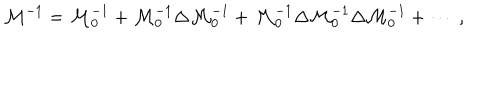
LaTeX: { \cal M } ^ { - 1 } = { \cal M } _ { 0 } ^ { - 1 } + { \cal M } _ { 0 } ^ { - 1 } \Delta { \cal M } _ { 0 } ^ { - 1 } + { \cal M } _ { 0 } ^ { - 1 } \Delta { \cal M } _ { 0 } ^ { - 1 } \Delta { \cal M } _ { 0 } ^ { - 1 } + \cdots \ ,